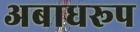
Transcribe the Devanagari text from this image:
अबाधरूप